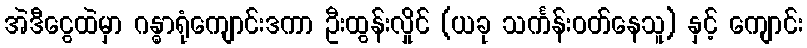
အဲဒီငွေထဲမှာ ဂန္ဓာရုံကျောင်းဒကာ ဦးထွန်းလှိုင် (ယခု သင်္ကန်းဝတ်နေသူ) နှင့် ကျောင်း